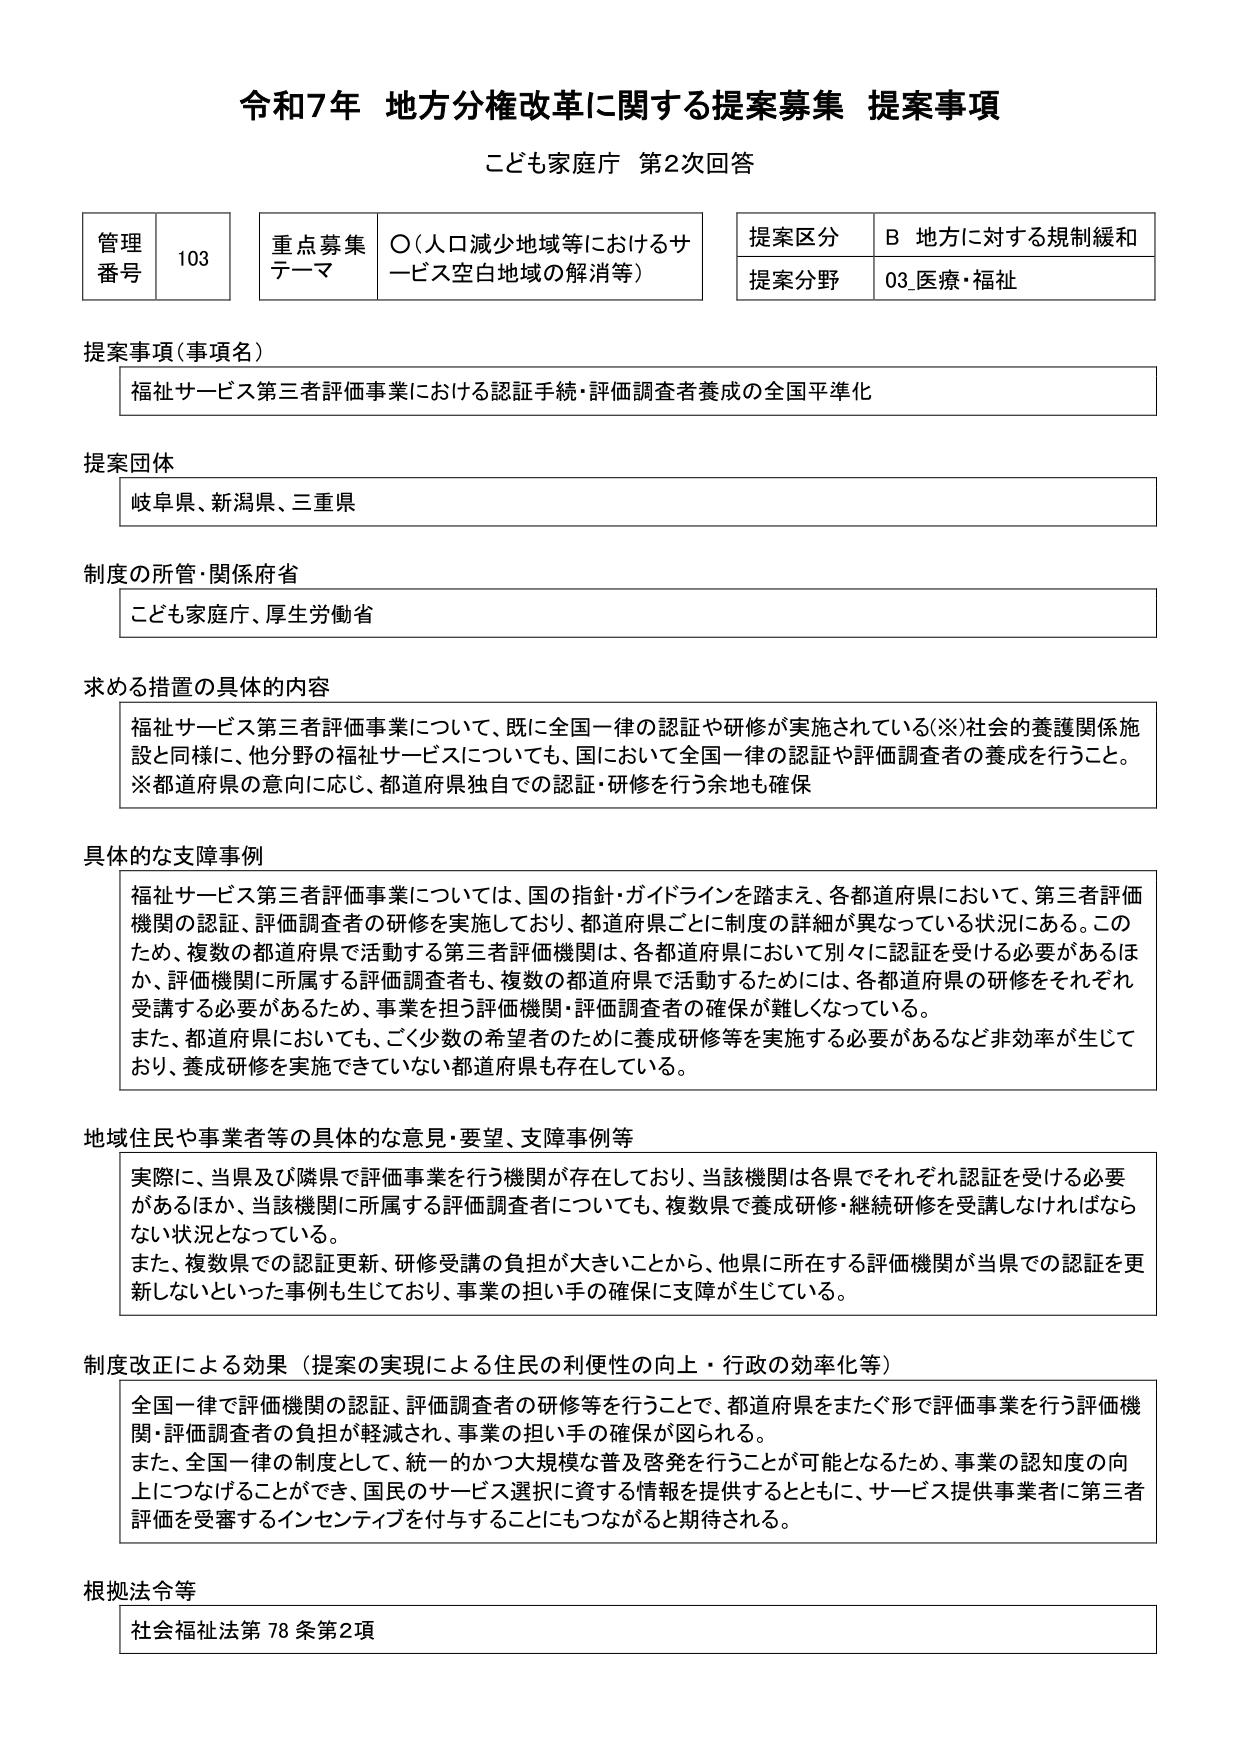
令和7年 地方分権改革に関する提案募集 提案事項
こども家庭庁 第2次回答

管理番号 103
重点募集テーマ ○（人口減少地域等におけるサービス空白地域の解消等）
提案区分 B 地方に対する規制緩和
提案分野 03_医療・福祉

提案事項（事項名）
福祉サービス第三者評価事業における認証手続・評価調査者養成の全国平準化

提案団体
岐阜県、新潟県、三重県

制度の所管・関係府省
こども家庭庁、厚生労働省

求める措置の具体的内容
福祉サービス第三者評価事業について、既に全国一律の認証や研修が実施されている（※）社会的養護関係施設と同様に、他分野の福祉サービスについても、国において全国一律の認証や評価調査者の養成を行うこと。
※都道府県の意向に応じ、都道府県独自での認証・研修を行う余地も確保

具体的な支障事例
福祉サービス第三者評価事業については、国の指針・ガイドラインを踏まえ、各都道府県において、第三者評価機関の認証、評価調査者の研修を実施しており、都道府県ごとに制度の詳細が異なっている状況にある。このため、複数の都道府県で活動する第三者評価機関は、各都道府県において別々に認証を受ける必要があるほか、評価機関に所属する評価調査者も、複数の都道府県で活動するためには、各都道府県の研修をそれぞれ受講する必要があるため、事業を担う評価機関・評価調査者の確保が難しくなっている。
また、都道府県においても、ごく少数の希望者のために養成研修等を実施する必要があるなど非効率が生じており、養成研修を実施できていない都道府県も存在している。

地域住民や事業者等の具体的な意見・要望、支障事例等
実際に、当県及び隣県で評価事業を行う機関が存在しており、当該機関は各県でそれぞれ認証を受ける必要があるほか、当該機関に所属する評価調査者についても、複数県で養成研修・継続研修を受講しなければならない状況となっている。
また、複数県での認証更新、研修受講の負担が大きいことから、他県に所在する評価機関が当県での認証を更新しないといった事例も生じており、事業の担い手の確保に支障が生じている。

制度改正による効果（提案の実現による住民の利便性の向上・行政の効率化等）
全国一律で評価機関の認証、評価調査者の研修等を行うことで、都道府県をまたぐ形で評価事業を行う評価機関・評価調査者の負担が軽減され、事業の担い手の確保が図られる。
また、全国一律の制度として、統一的かつ大規模な普及啓発を行うことが可能となるため、事業の認知度の向上につなげることができ、国民のサービス選択に資する情報を提供するとともに、サービス提供事業者に第三者評価を受審するインセンティブを付与することにもつながると期待される。

根拠法令等
社会福祉法第78条第2項